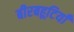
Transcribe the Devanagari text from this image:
बीरबहूटियाँ